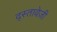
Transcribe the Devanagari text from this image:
द्स्तावेज़ी